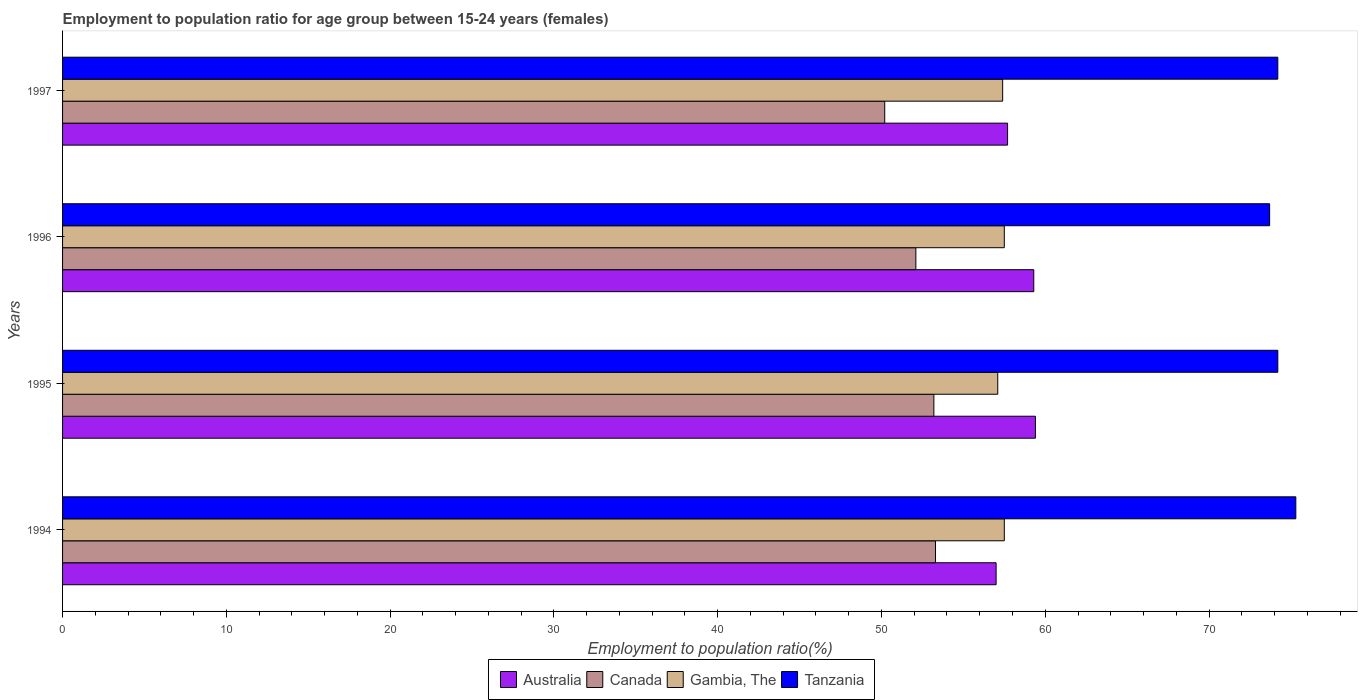
| Years | Australia | Canada | Gambia, The | Tanzania |
 | --- | --- | --- | --- | --- |
 | 1994 | 57 | 53.3 | 57.5 | 75.3 |
 | 1995 | 59.4 | 53.2 | 57.1 | 74.2 |
 | 1996 | 59.3 | 52.1 | 57.5 | 73.7 |
 | 1997 | 57.7 | 50.2 | 57.4 | 74.2 |